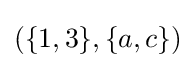
{\textstyle (\{1,3\},\{a,c\})}